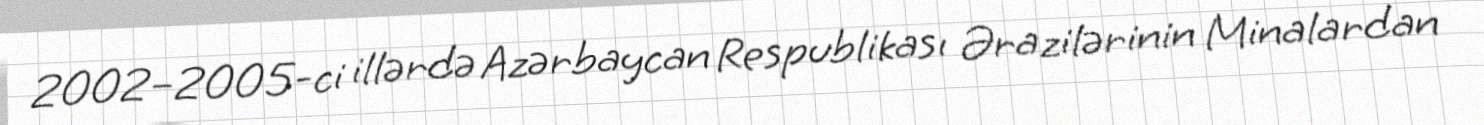
2002–2005-ci illərdə Azərbaycan Respublikası Ərazilərinin Minalardan